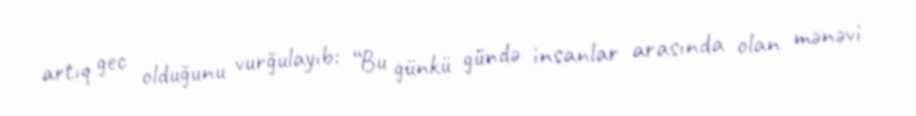
artıq gec olduğunu vurğulayıb: “Bu günkü gündə insanlar arasında olan mənəvi